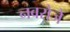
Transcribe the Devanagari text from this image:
नवरोजे